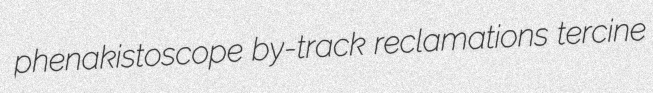
phenakistoscope by-track reclamations tercine